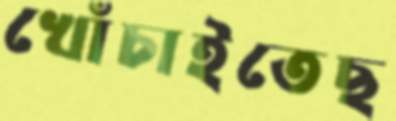
খোঁচাইতেছ